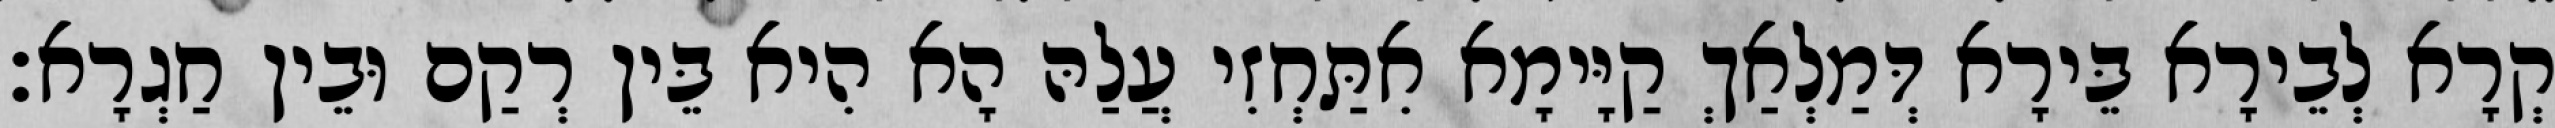
קְרָא לְבֵירָא בֵּירָא דְּמַלְאַךְ קַיָּימָא אִתַּחְזִי עֲלַהּ הָא הִיא בֵּין רְקַם וּבֵין חַגְרָא׃